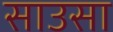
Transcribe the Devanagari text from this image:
साउसा